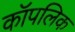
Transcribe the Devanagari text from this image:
कॉपलिक